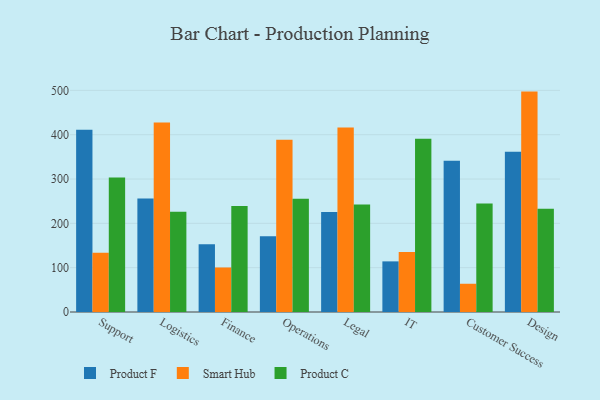
{"axis": {"x": "Department", "y": "Page Views"}, "legend": ["Product C", "Product F", "Smart Hub"], "data": [{"x": "Support", "y": 411.4, "type": "Product F"}, {"x": "Support", "y": 133.5, "type": "Smart Hub"}, {"x": "Support", "y": 303.5, "type": "Product C"}, {"x": "Logistics", "y": 256.3, "type": "Product F"}, {"x": "Logistics", "y": 427.7, "type": "Smart Hub"}, {"x": "Logistics", "y": 226.2, "type": "Product C"}, {"x": "Finance", "y": 153.0, "type": "Product F"}, {"x": "Finance", "y": 100.4, "type": "Smart Hub"}, {"x": "Finance", "y": 239.3, "type": "Product C"}, {"x": "Operations", "y": 171.0, "type": "Product F"}, {"x": "Operations", "y": 388.5, "type": "Smart Hub"}, {"x": "Operations", "y": 255.4, "type": "Product C"}, {"x": "Legal", "y": 225.6, "type": "Product F"}, {"x": "Legal", "y": 416.2, "type": "Smart Hub"}, {"x": "Legal", "y": 242.3, "type": "Product C"}, {"x": "IT", "y": 114.2, "type": "Product F"}, {"x": "IT", "y": 135.1, "type": "Smart Hub"}, {"x": "IT", "y": 390.9, "type": "Product C"}, {"x": "Customer Success", "y": 341.3, "type": "Product F"}, {"x": "Customer Success", "y": 63.7, "type": "Smart Hub"}, {"x": "Customer Success", "y": 244.6, "type": "Product C"}, {"x": "Design", "y": 361.6, "type": "Product F"}, {"x": "Design", "y": 497.2, "type": "Smart Hub"}, {"x": "Design", "y": 233.1, "type": "Product C"}]}